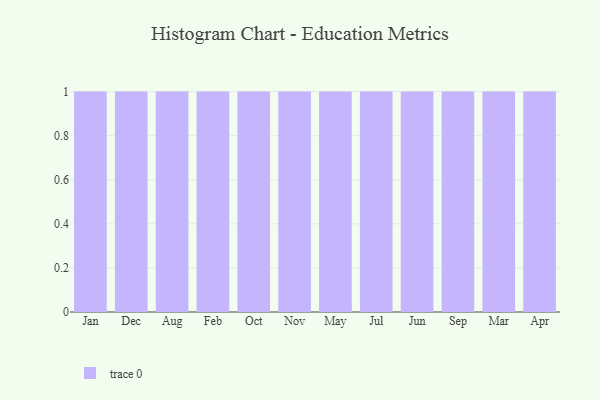
{"axis": {"x": "Month", "y": "Bounce Rate (%)"}, "legend": [""], "data": [{"x": "Jan", "y": 57, "type": ""}, {"x": "Dec", "y": 50, "type": ""}, {"x": "Aug", "y": 89, "type": ""}, {"x": "Feb", "y": 71, "type": ""}, {"x": "Oct", "y": 29, "type": ""}, {"x": "Nov", "y": 10, "type": ""}, {"x": "May", "y": 11, "type": ""}, {"x": "Jul", "y": 100, "type": ""}, {"x": "Jun", "y": 55, "type": ""}, {"x": "Sep", "y": 54, "type": ""}, {"x": "Mar", "y": 57, "type": ""}, {"x": "Apr", "y": 9, "type": ""}]}